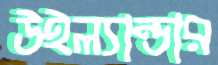
উইল্যান্ডার